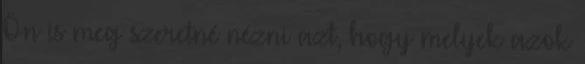
Ön is meg szeretné nézni azt, hogy melyek azok